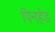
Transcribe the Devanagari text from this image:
पिनहेड